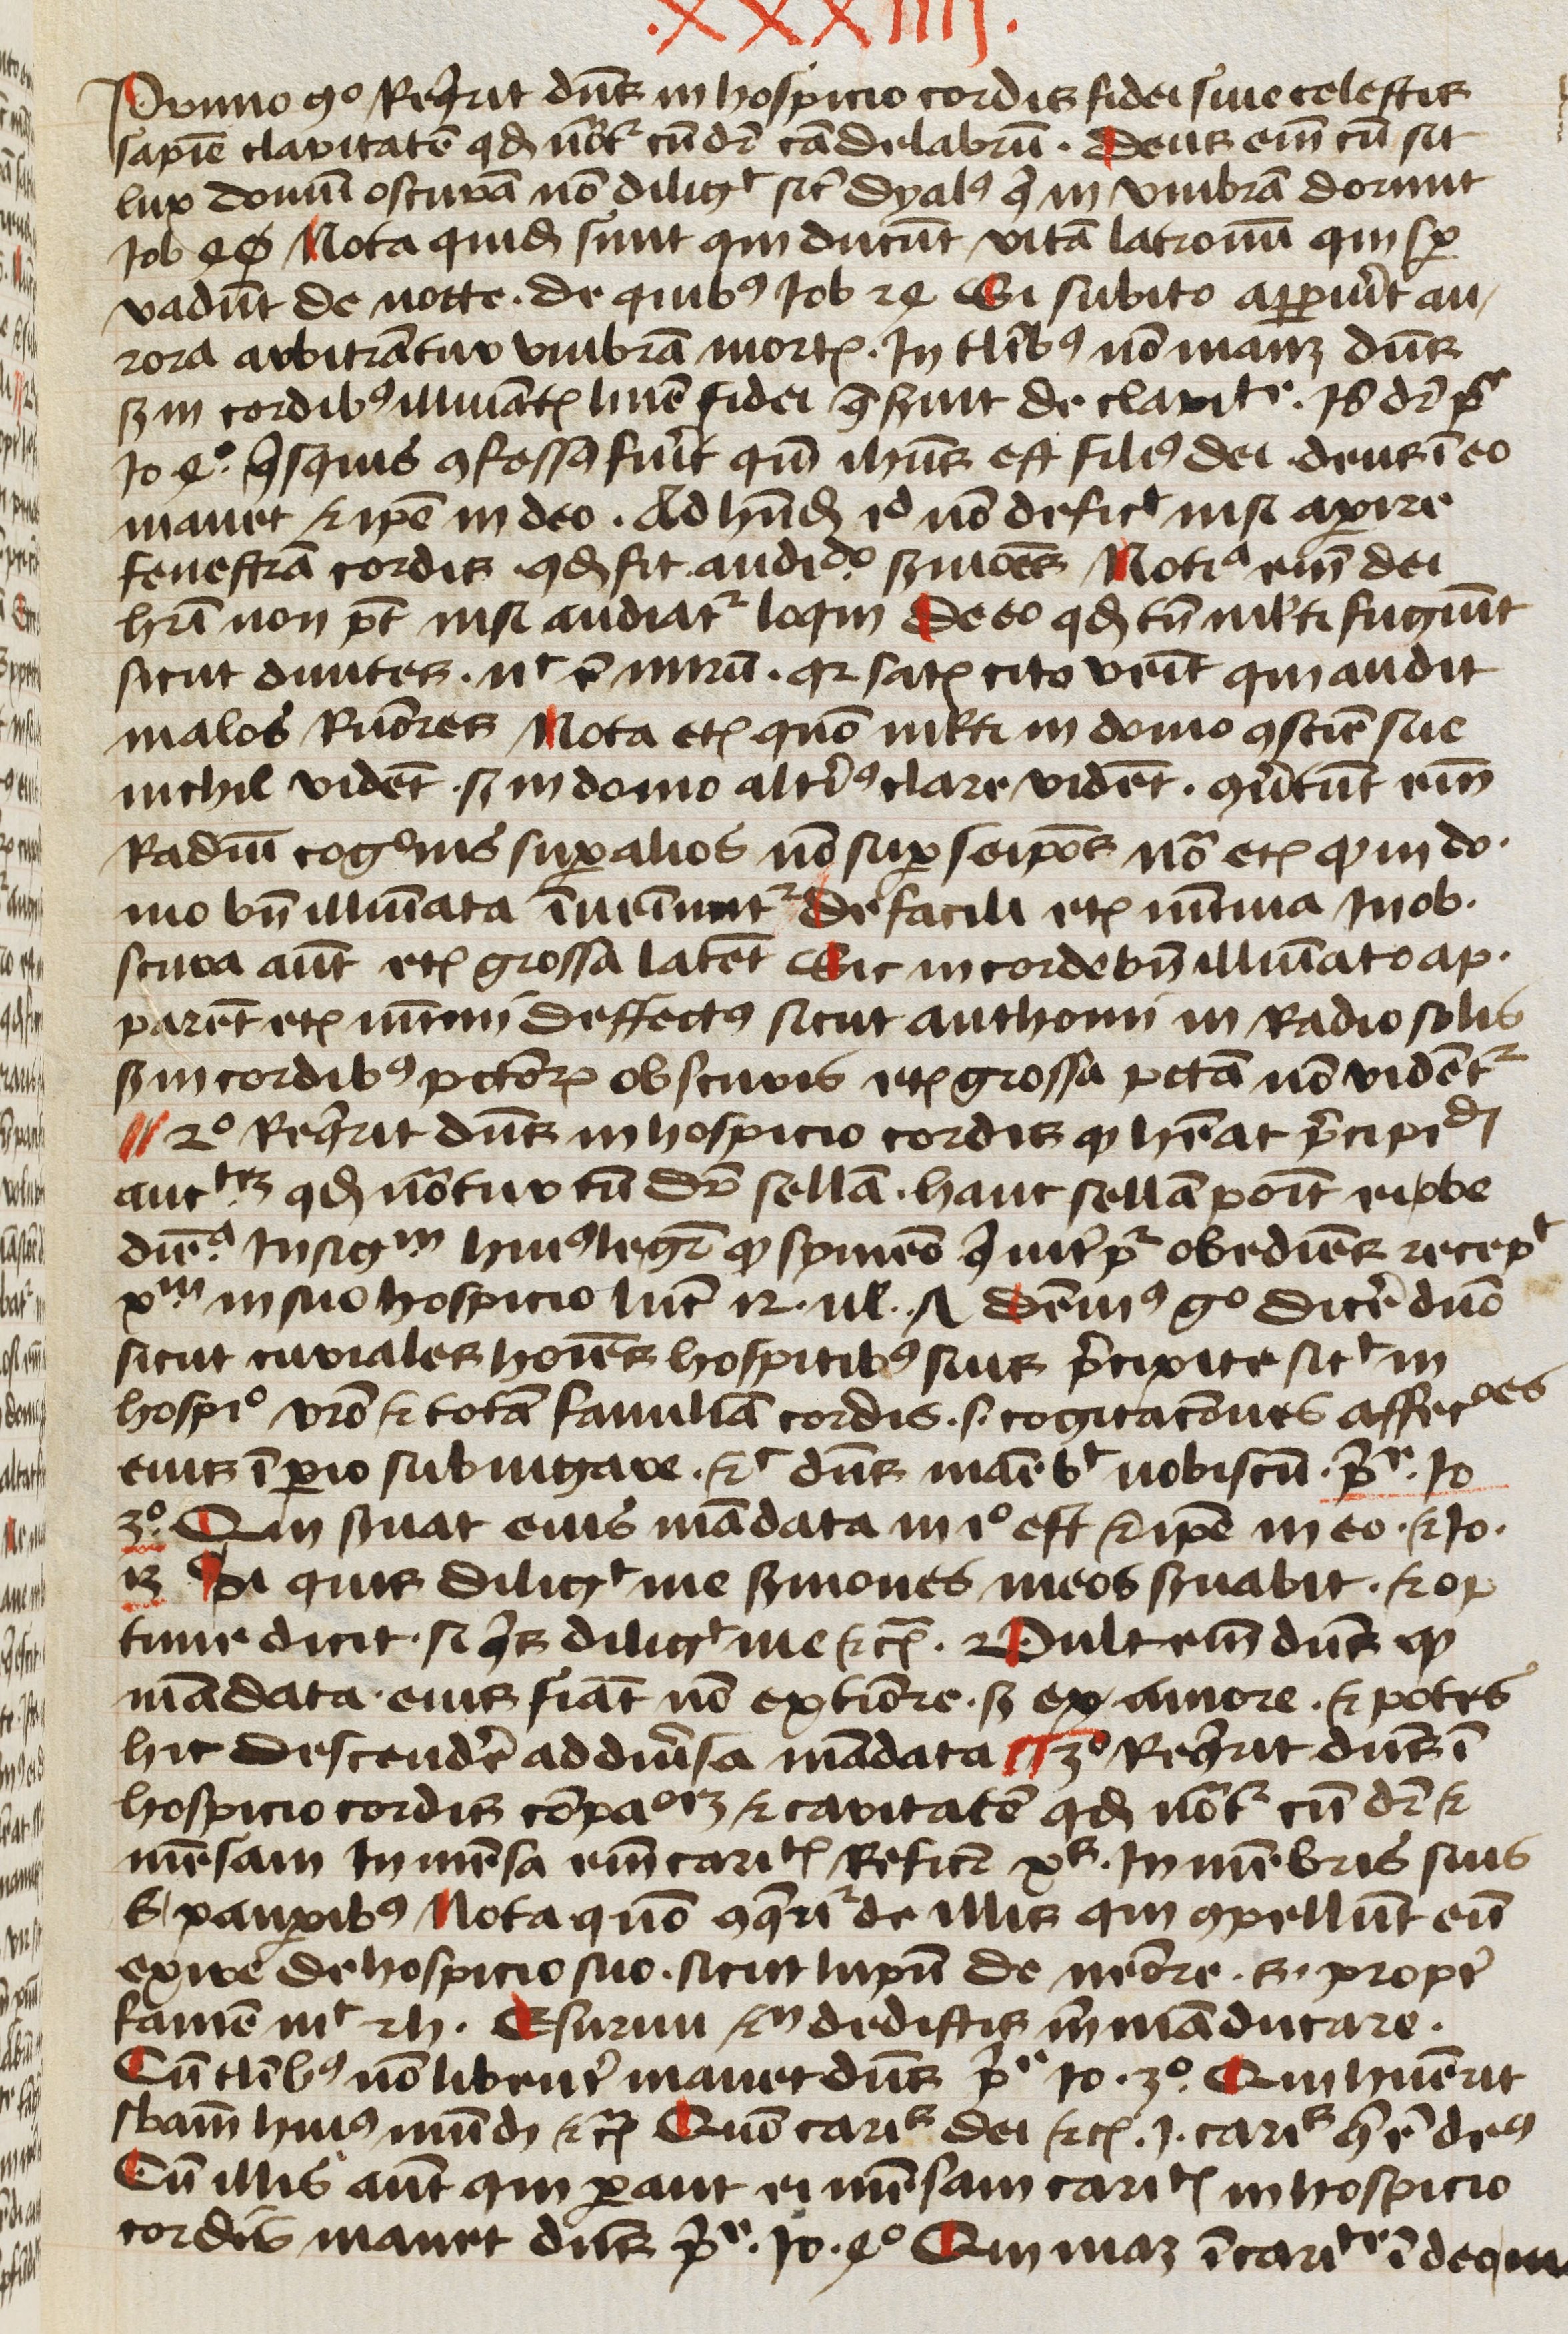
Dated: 1450–1499